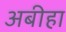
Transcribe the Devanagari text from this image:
अबीहा